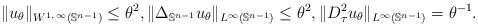
LaTeX: \begin{align*}\|u_\theta\|_{W^{1,\,\infty}(\mathbb S^{n-1})}\le \theta^2,\|\Delta_{\mathbb S^{n-1}} u_\theta\|_{L^\infty(\mathbb S^{n-1})} \leq \theta^2,\|D^2_{\tau} u_\theta\|_{L^\infty(\mathbb S^{n-1})} = \theta^{-1}.\end{align*}